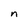
Character: n